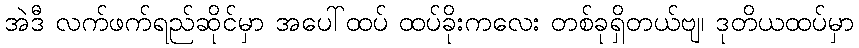
အဲဒီ လက်ဖက်ရည်ဆိုင်မှာ အပေါ်ထပ် ထပ်ခိုးကလေး တစ်ခုရှိတယ်ဗျ၊ ဒုတိယထပ်မှာ